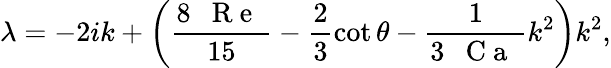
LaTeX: \lambda=-2ik+\left(\frac{8\mathrm{~\textit~{~R~e~}~}}{15}-\frac{2}{3}\cot\theta-\frac{1}{3\mathrm{~\textit~{~C~a~}~}}k^{2}\right)k^{2},